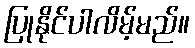
ပြုနိုင်ပါလိမ့်မည်။